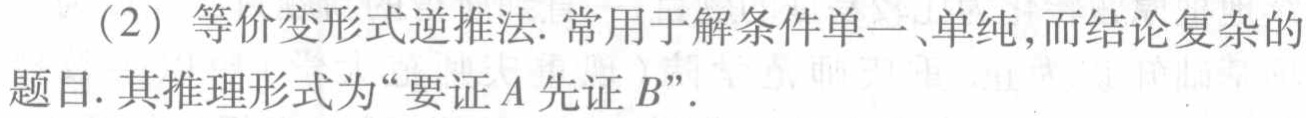
（2）等价变形式逆推法. 常用于解条件单一、单纯，而结论复杂的题目. 其推理形式为“要证\(A\)先证\(B\)”.